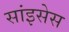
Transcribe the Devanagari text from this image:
सांइसेस